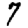
Digit: 7